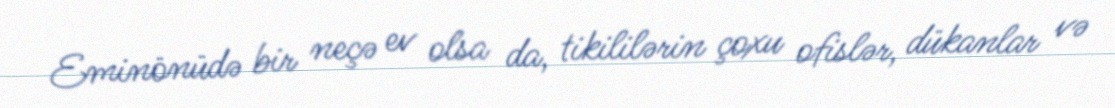
Eminönüdə bir neçə ev olsa da, tikililərin çoxu ofislər, dükanlar və